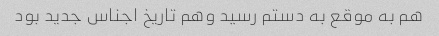
هم به موقع به دستم رسید وهم تاریخ اجناس جدید بود